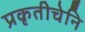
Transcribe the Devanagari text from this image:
प्रकृतीचेनि